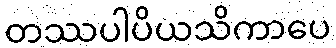
တဿပါပိယသိကာပေ